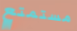
مستمتع